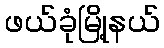
ဖယ်ခုံမြို့နယ်